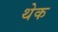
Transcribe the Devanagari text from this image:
थेक